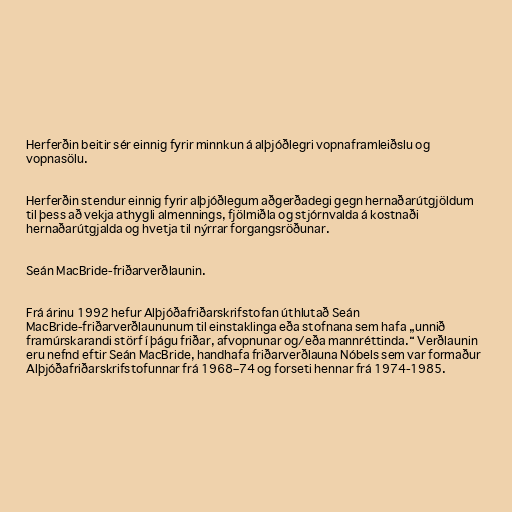
Herferðin beitir sér einnig fyrir minnkun á alþjóðlegri vopnaframleiðslu og
vopnasölu.

Herferðin stendur einnig fyrir alþjóðlegum aðgerðadegi gegn hernaðarútgjöldum
til þess að vekja athygli almennings, fjölmiðla og stjórnvalda á kostnaði
hernaðarútgjalda og hvetja til nýrrar forgangsröðunar.

Seán MacBride-friðarverðlaunin.

Frá árinu 1992 hefur Alþjóðafriðarskrifstofan úthlutað Seán
MacBride-friðarverðlaununum til einstaklinga eða stofnana sem hafa „unnið
framúrskarandi störf í þágu friðar, afvopnunar og/eða mannréttinda.“ Verðlaunin
eru nefnd eftir Seán MacBride, handhafa friðarverðlauna Nóbels sem var formaður
Alþjóðafriðarskrifstofunnar frá 1968–74 og forseti hennar frá 1974-1985.